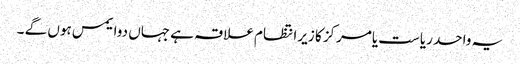
یہ واحد ریاست یامرکز کا زیرانتظام علاقہ ہے جہاں دوایمس ہوں گے ۔